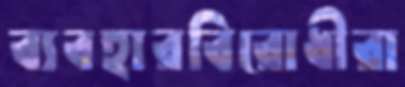
ব্যবহারবিরোধীরা